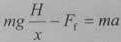
$mg\frac{H}{x}-F_{f}=ma$